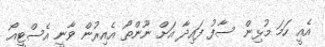
އެއީ ހަމަ މުޅިން ސާފު ފައިދާ އަށް ނޫންތޯ އެއިރުން ވާނީ އެސްޓީއޯ